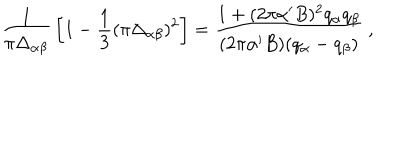
{ \frac { 1 } { \pi \Delta _ { \alpha \beta } } } \left[ 1 - { \frac { 1 } { 3 } } ( \pi \Delta _ { \alpha \beta } ) ^ { 2 } \right] = { \frac { 1 + ( 2 \pi \alpha ^ { \prime } B ) ^ { 2 } q _ { \alpha } q _ { \beta } } { ( 2 \pi \alpha ^ { \prime } B ) ( q _ { \alpha } - q _ { \beta } ) } } ~ ,